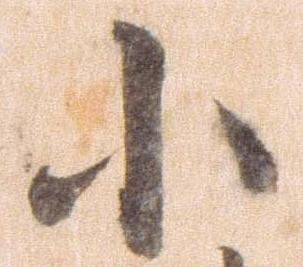
小